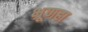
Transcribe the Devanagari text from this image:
भ्रूणहा